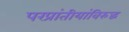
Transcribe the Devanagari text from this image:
परप्रांतीयांविरुद्ध